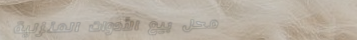
محل بيع الأدوات المنزلية